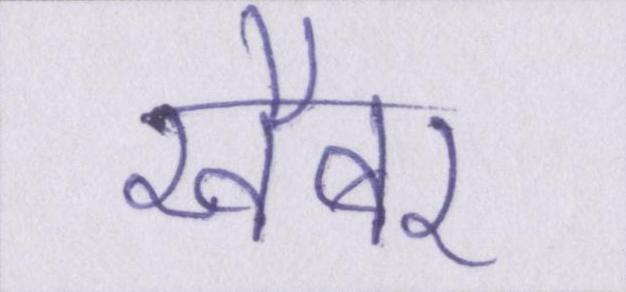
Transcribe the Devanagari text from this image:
खैबर